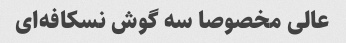
عالی مخصوصا سه گوش نسکافه‌ای